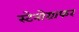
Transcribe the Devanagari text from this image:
स्टेनोग्राफर